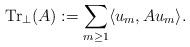
LaTeX: \begin{align*}\mathrm{Tr}_\perp (A):=\sum_{m\ge1} \langle u_m,A u_m\rangle.\end{align*}